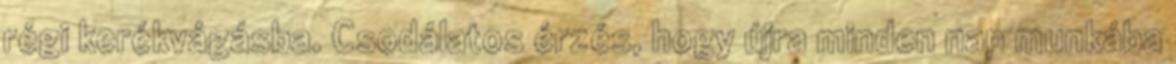
régi kerékvágásba. Csodálatos érzés, hogy újra minden nap munkába